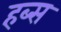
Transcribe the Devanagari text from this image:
हब्स